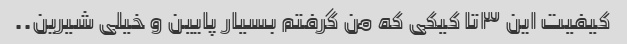
کیفیت این ۳تا کیکی که من گرفتم بسیار پایین و خیلی شیرین..